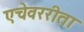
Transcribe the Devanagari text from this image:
एचेवररीता